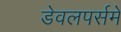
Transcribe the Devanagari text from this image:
डेवलपर्समें